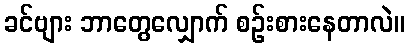
ခင်ဗျား ဘာတွေလျှောက် စဉ်းစားနေတာလဲ။